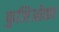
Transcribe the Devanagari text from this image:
फुजिओका